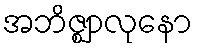
အဘိဇ္ဈာလုနော